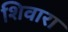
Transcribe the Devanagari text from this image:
शिवारा